[Report on the health of British troops in the Madras command]
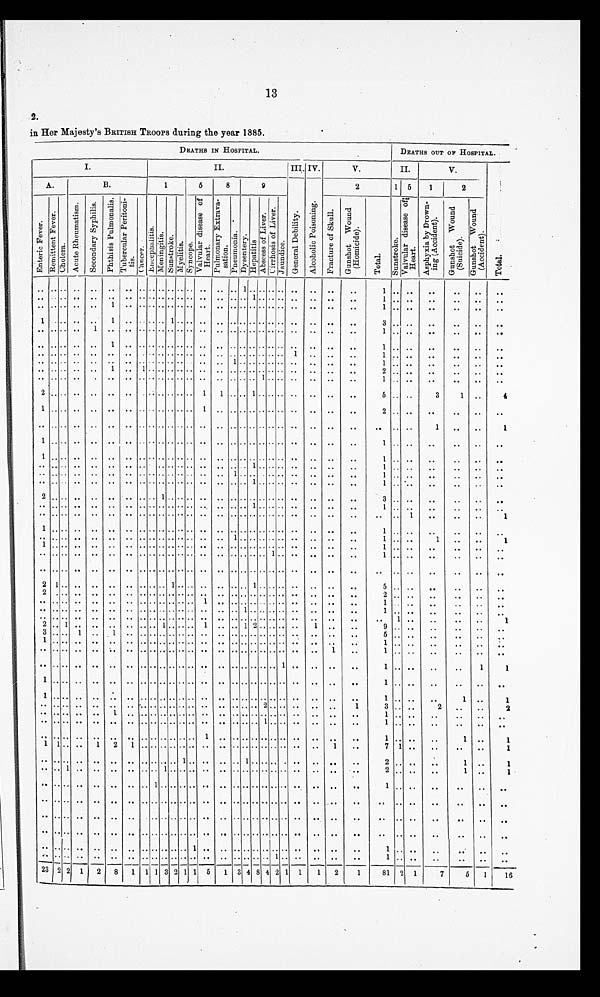
13
2.
in Her Majesty's BRITISH TROOPS during the year 1885.
.
DEATHS IN HOSPITAL.
DEATHS OUT OP HOSPITAL.
I.
II.
III. IV.
V.
II.
V.
A.
B.
1
5
8
9
2
1 5
1
2
E n t e r i c F e v e r . R e m i t t e n t F e v e r .
C h o l e r a . A c u t e R h e u m a t i s m .
S e c o n d a r y s y p h i l i s . P h t h i s i s P u l m o n a l i s . T u b e r c u l a r P e r i t o n i t i s .
C a n c e r .
E n c e p h a l i t i s . M e n i n g i t i s . S u n s t r o k e .
M y e l i t i s . S y n c o p e .
V a l v u l a r D i s e a s e o f H e a r t . P u l m o n a r y E x t r a v a s a t i o n .
P n e u m o n i a .
D y s e n t e r y .
H e p a t i t i s
A b s c e s s o f l i v e r .
C i r r h o s i s o f l i v e r .
J a u n d i c e .
G e n e r a l D e b i l i t y .
A l c o h o l i c P o i s o n i n g . F r a c t u r e o f s k u l l . G u n s h o t W o u n d ( H o m i c i d e ) .
Total.
S u n s t r o k e .
V a l v u l a r d i s e a s e o f H e a r t .
A s p h y x i a b y D r o w n i n g ( A c c i d e n t ) .
G u n s h o t W o u n d ( S u i c i d e ) .
G u n s h o t W o u n d ( A c c i d e n t ) .
Total.
.. .. .. .. .. .. .............. .. ..
1
.......... .. ..
..
1 .. .. ..
.. .. ..
.. ...... .. .. .. .............. .. .... 1........ .. ..
..
1 .. .. ..
.. .. ..
.. ...... .. 1 .. ....1 ........ .. .............. .. ..
..
1 .. .. ..
.. .. ..
1 .. .. .. 1 .. .. .............. .. .............. .. ..
..
3
.... ..
.. ..
..
.. ....1
.. .. .. .............. .. .............. .. ..
..
1 .. .. ..
.. .. ..
.. ...... .. 1 .. .............. .. .............. .. ..
.. 1
.... ..
.. .. ..
.. ...... .. .. 1 ............... .. ............ 1 .. .. .. 1
.... ..
.. .. ..
.. ...... .. .. .. .............. .. 1 ............ .. ..
..
1 .. .. ..
.. .. ..
.. ...... .. 1 .. 1 ............ .. .............. .. ..
..
2 .. ..
..
.. .. ..
.. ...... .. .. .. .............. .. ......1 ...... .. ..
.. 1
.... ..
..
.. ..
2 .. .... .. .. .. ............1 1 ....1 ........ .. ..
..
5 .. ..
3
1 ..
4
1 ...... .. .. .. ............ 1 .. .. .. .. .. .. .. .. .. ..
..
2 .. .. ..
.. .. ..
.. ...... .. .. .. .............. .. .............. .. ..
.. .. ....
1 .. ..
1
1 ...... .. .. .. ............ .. .. .............. .. ..
..
1 .... ..
.. .. ..
1 ...... .. .. .. .............. .. .............. .. ..
.. 1
....
..
.. .. ..
.. ...... .. .. .. .............. .. ....1 ........ .. ..
..
1 .... .. .. .. ..
.. ...... .. .. .. .............. 1 .............. .. ..
.. 1
....
..
.. .. ..
.. ...... .. .. .. .............. .. .... 1 ........ .. ..
.. 1
.... ..
.. ..
..
2 ...... .. .. .. .... 1 ........ .. .............. .. ..
..
3 .. ..
..
.. .. ..
.. ...... .. .. .. .............. .. ....1 ........ .. ..
.. 1
....
..
.. .. ..
.. ...... .. .. .. .............. .. .............. .. ..
..
.. .. 1 ..
..
..
1
1 ...... .. .. .. .............. .. .............. .. ..
.. 1
....
..
.. ..
..
.. ...... .. .. .. .............. .. 1 ............ .. ..
..
1 ....
1 .. .. ..
1 ...... .. .. .. .............. .. .............. .. ..
.. 1
.. ..
..
..
..
..
.. ...... .. .. .. .............. .. ........ 1 .... .. ..
..
1 .. .. .. ..
.. ..
.. ...... .. .. .. ..............
.............. ..
..
.. .. .. ..
.. .. ..
2 1 .... .. .. .. .. ....1 ...... .. ....1 ........ .. ..
.. 5
.... .. .. .. ..
2 . .... .. .. .. .............. .. .............. .. ..
.. 2
....
..
.. .. ..
.. ...... .. .. .. ............ 1 .. .............. .. ..
..
1 .... .. ..
.. ..
.. ...... .. .. .. .............. .. .............. .. ..
..
1
.. .. ..
.. .. ..
.. ...... .. .. .. .............. .. .............. .. .. .. .. 1 .. ..
.. .. 1
2 ..1 .. .. .. .. ....1 ......1 .. ..1 2 ........
1 .. ..
9 .. .. ..
.. .. ..
3 ....1 .. 1 .. .............. .. .............. .. .. ..
5 .. .. ..
.. .. ..
1 ...... .. .. .. .............. .. .............. .. ..
..
1
.. ..
..
.. ..
..
.. ...... .. .. .. .............. .. .............. ..
1
..
1 .. ..
.. ..
..
..
.. ...... .. .. .. .............. .. .......... 1 .. ..
..
1 .. ..
..
..
1
1
1 ...... .. .. .. .............. .. .............. .. ..
..
1 .. ..
..
.. .. ..
1 ...... .. .. .. .............. .. .............. .. ..
.. 1
.. ..
..
1 .. ..
.. ...... .. .. .. .............. .. .............. .. ..
1
3 .. ..
2 .. ..
2
.. ...... .. 1 .. .............. .. ......2 ...... .. ..
..
1 .. ..
.. ..
.. ..
.. ...... .. .. .. .............. .. ...... .. ......
.. ..
..
1 ....
..
...
.. ..
.. ...... .. .. .. ............ 1 .. ......1 ...... .. .. ..
1
.... ..
1
..
11 .. .. 1 2 1 .. .. .. .. .. .. .. .. .. .. .. .. .. .. .. ..
1
..
7 1 ..
..
..
..
1
.. ...... .. .. .. ........ 1 .... .. .. 1
.......... .. ..
..
2
.... ..
1 ..
1
.. ...... .. .. .. ....1 ........ .. .............. .. .. ..
2 ....
..
1
. .
. .
1
.. ...... .. .. .. ..1 .......... .. .............. .. ..
.. 1
....
..
.. .. ..
.. ...... .. .. .. .............. .. .............. .. ..
.. .. ....
..
.. .. ..
.. ...... .. .. .. .............. .. .............. .. .. .. .. ....
..
.. .. ..
.. ...... .. .. .. .............. .. .............. .. ..
.. .. ....
..
.. .. ..
.. ...... .. .. .. ..........1 .. .. ............... .. ..
..
1
....
..
.. ..
..
.. ... .... .. .. .. .............. .. ..........1 .. .. ..
..
1 ....
..
.. ..
..
23 2 2
1
2
8
1
1 1 3 2 1 1 5 1 1
3
4
8 4 2
1
1 2
1
81 2
1
7
5
1
16